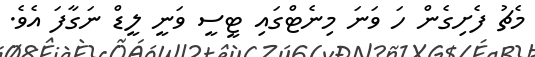
މެޗު ފެށިގެން ހަ ވަނަ މިނެޓްގައި ޓީސީ ވަނީ ލީޑް ނަގާފަ އެވެ.